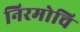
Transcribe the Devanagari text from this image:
निरमोचि